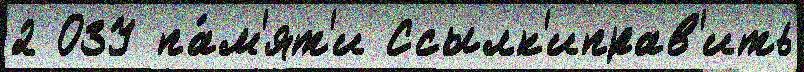
2 ОЗУ па́м'ят'и Ссылк'иправ'ить